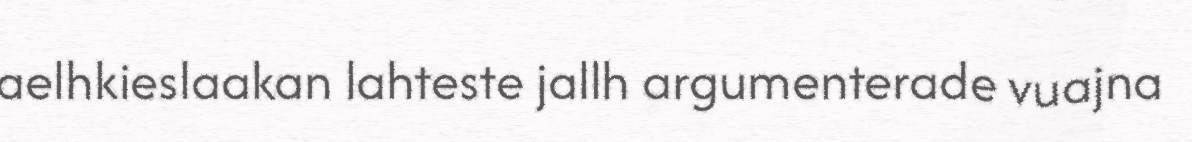
aelhkieslaakan lahteste jallh argumenterade vuajna